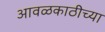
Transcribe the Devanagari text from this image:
आवळकाठीच्या